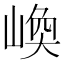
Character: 𡺌